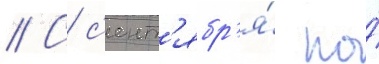
// С с'ент'ябр'я́ по́